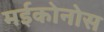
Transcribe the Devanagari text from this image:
मईकोनोस